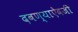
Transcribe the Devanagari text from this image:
दबण्याऐवजी